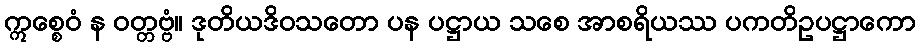
ဣစ္စေဝံ န ဝတ္တဗ္ဗံ။ ဒုတိယဒိဝသတော ပန ပဋ္ဌာယ သစေ အာစရိယဿ ပကတိဥပဋ္ဌာကော